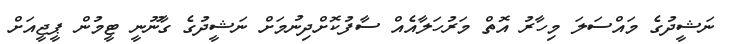
ނަޝީދުގެ މައްސަލަ މިހާރު އޮތް މަރުހަލާއެއް ސާފުކޮށްދިނުމަށް ނަޝީދުގެ ގާނޫނީ ޓީމުން ޕީޖީއަށް